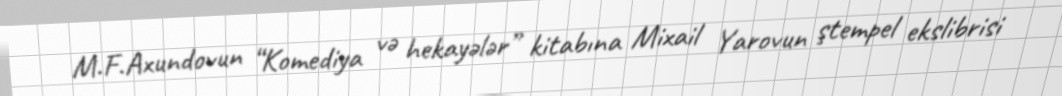
M.F.Axundovun “Komediya və hekayələr” kitabına Mixail Yarovun ştempel ekslibrisi